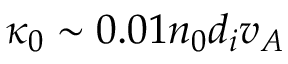
\kappa _ { 0 } \sim 0 . 0 1 n _ { 0 } d _ { i } v _ { A }